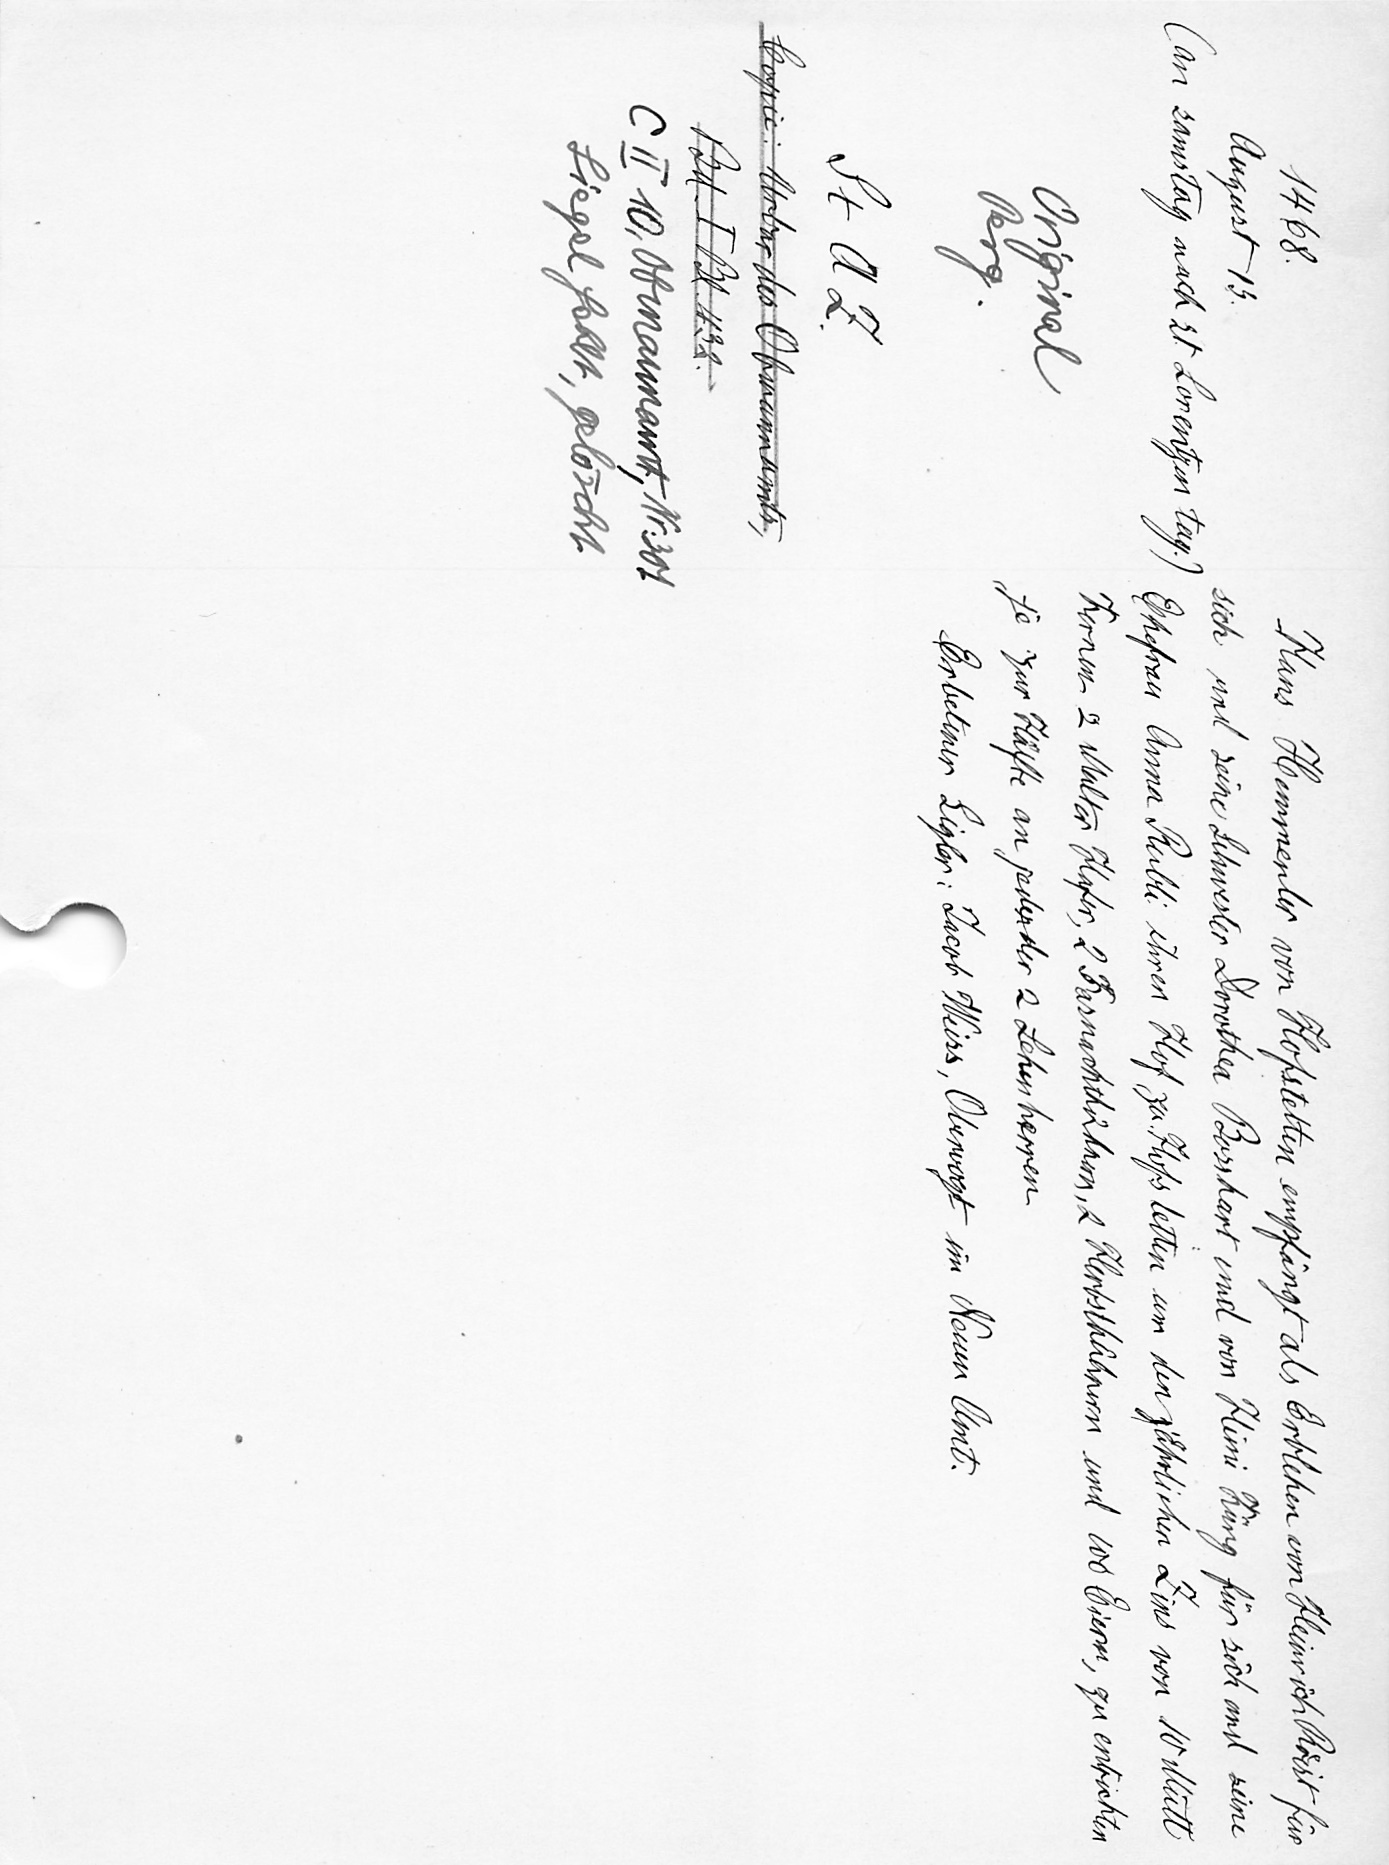
Hans Hemmenler von Hofstetten empfängt als Erblehen von Heinrich Roͤst für
sich und seine Schwester Dorothea Bosshart und von Himi Küng für sich und seine
Ehefrau Anna Rubli ihren Hof zu Hofstetten um den jährlichen Zins von 10 Mütt
Kernen 2 Malter Hafer, 2 Fasnachthühnern, 2 Herbsthühnern und 100 Eiern, zu entrichten
je zur Hälfte an jeden der 2 Lehenherren
Erbetener Sigler: Jacob Weiss, Obervogt im Neuen Amt.

1468.
August 13.
(an Samstag nach st. Lorentzen tag.)
Original
Perg.
St A Z.
Copie: Urbar des Obmannamts.,
Bd. I. Bl. 432.
C II 10, Obmannamt, Nr. 307
Siegel fehlt, gelöscht